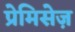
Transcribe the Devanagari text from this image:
प्रेमिसेज़